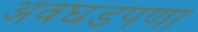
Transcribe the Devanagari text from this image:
अवघडपणा